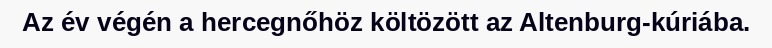
Az év végén a hercegnőhöz költözött az Altenburg-kúriába.